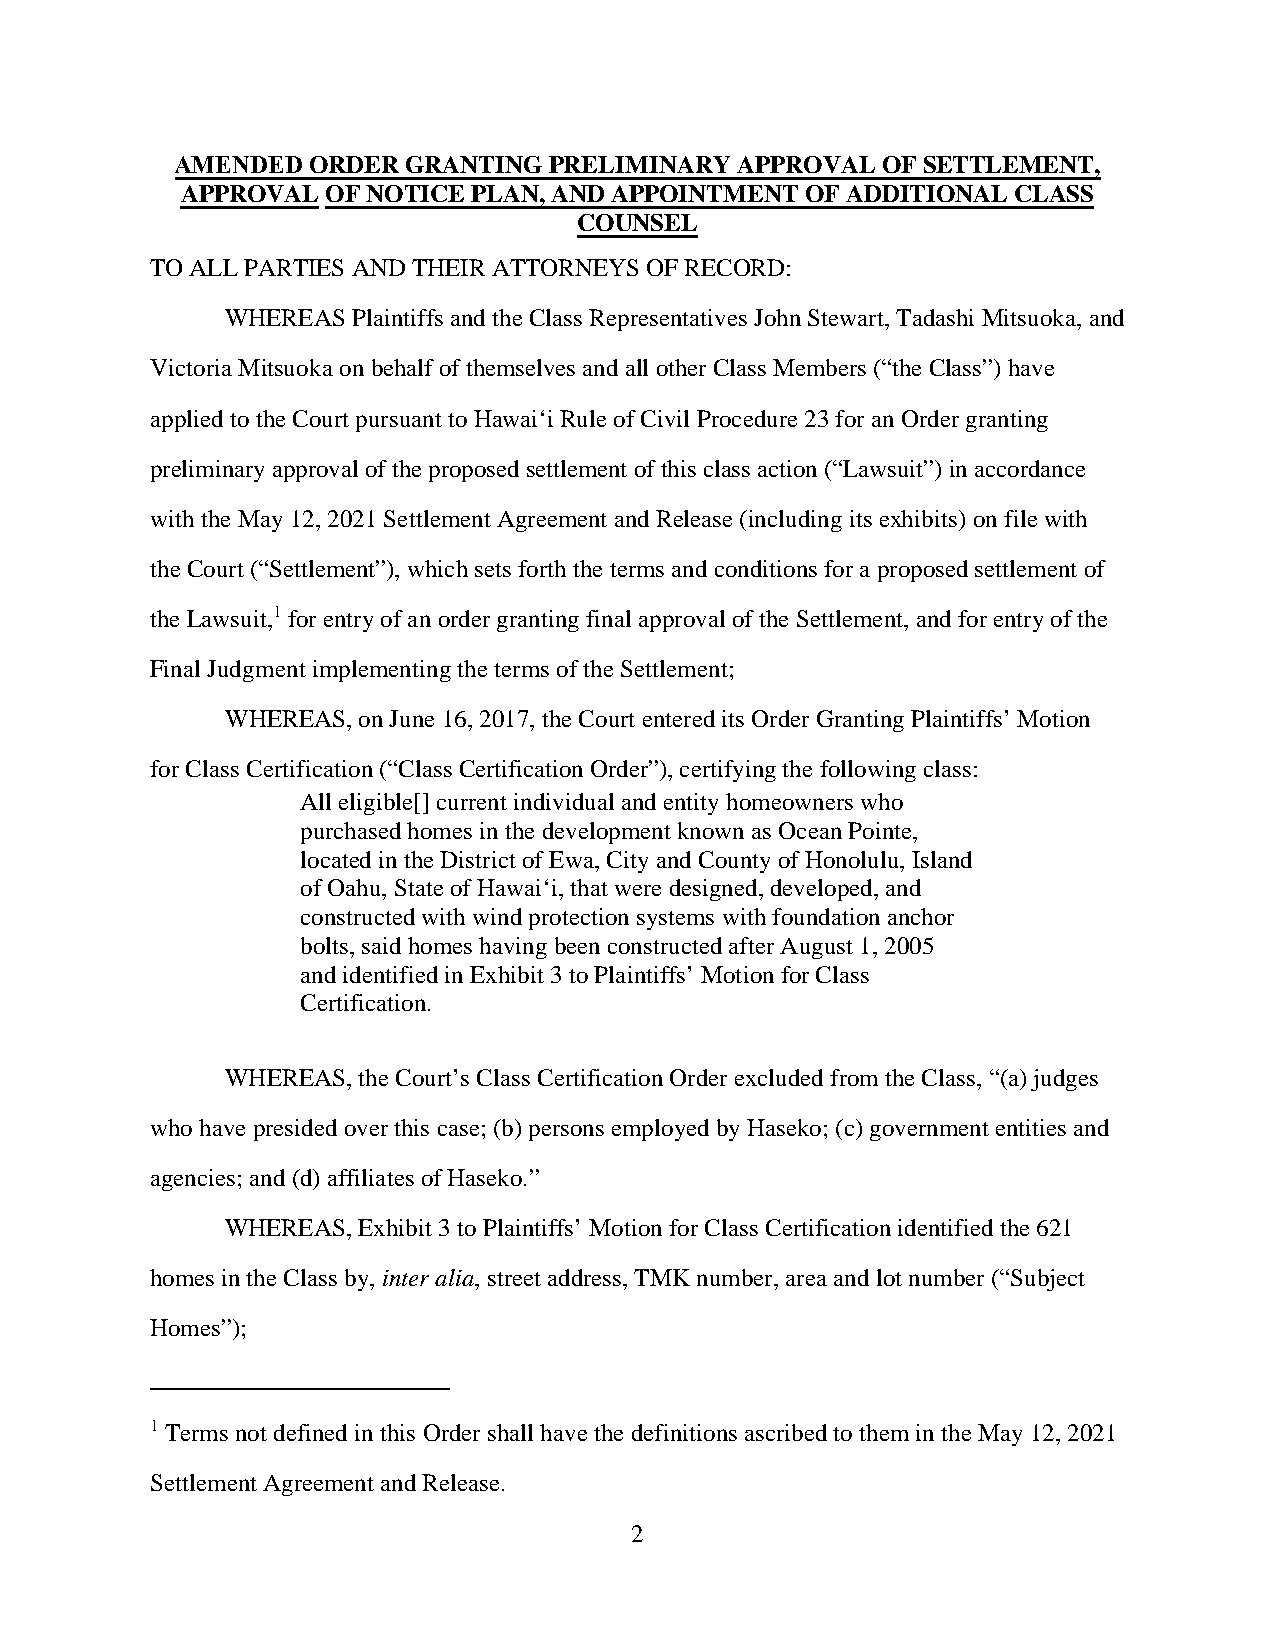
AMENDED ORDER  GRANTING PRELIMINARY  APPROVAL OF SETTLEMENT,
 APPROVAL  OF NOTICE PLAN, AND APPOINTMENT OF ADDITIONAL CLASS
 COUNSEL
 TO ALL PARTIES AND THEIR ATTORNEYS OF RECORD:
 WHEREAS Plaintiffs and the Class Representatives John Stewart, Tadashi Mitsuoka, and
 Victoria Mitsuoka on behalf of themselves and all other Class Members (“the Class”) have
 applied to the Court pursuant to Hawai‘i Rule of Civil Procedure 23 for an Order granting
 preliminary approval of the proposed settlement of this class action (“Lawsuit”) in accordance
 with the May 12, 2021 Settlement Agreement and Release (including its exhibits) on file with
 the Court (“Settlement”), which sets forth the terms and conditions for a proposed settlement of
 the Lawsuit,1 for entry of an order granting final approval of the Settlement, and for entry of the
 Final Judgment implementing the terms of the Settlement;
 WHEREAS, on June 16, 2017, the Court entered its Order Granting Plaintiffs’ Motion
 for Class Certification (“Class Certification Order”), certifying the following class:
 All eligible[] current individual and entity homeowners who
 purchased homes in the development known as Ocean Pointe,
 located in the District of Ewa, City and County of Honolulu, Island
 of Oahu, State of Hawai‘i, that were designed, developed, and
 constructed with wind protection systems with foundation anchor
 bolts, said homes having been constructed after August 1, 2005
 and identified in Exhibit 3 to Plaintiffs’ Motion for Class
 Certification.
 WHEREAS, the Court’s Class Certification Order excluded from the Class, “(a) judges
 who have presided over this case; (b) persons employed by Haseko; (c) government entities and
 agencies; and (d) affiliates of Haseko.”
 WHEREAS, Exhibit 3 to Plaintiffs’ Motion for Class Certification identified the 621
 homes in the Class by, inter alia, street address, TMK number, area and lot number (“Subject
 Homes”);
 1 Terms not defined in this Order shall have the definitions ascribed to them in the May 12, 2021
 Settlement Agreement and Release.
 2